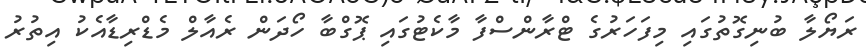
ރަޔޯލާ ބުނިގޮތުގައި މިފަހަރުގެ ޓްރާންސްފާ މާކެޓުގައި ޕޮގްބާ ހޯދަން ރެއާލް މެޑްރިޑާއެކު އިތުރު